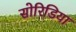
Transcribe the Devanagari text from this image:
सोरिडिया